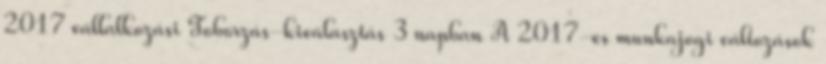
2017 vállalkozási Toborzás-kiválasztás 3 napban A 2017-es munkajogi változások